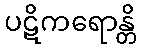
ပဋိကရောန္တိ